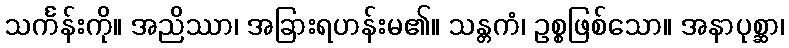
သင်္ကန်းကို။ အညိဿာ၊ အခြားရဟန်းမ၏။ သန္တကံ၊ ဥစ္စဖြစ်သော။ အနာပုစ္ဆာ၊